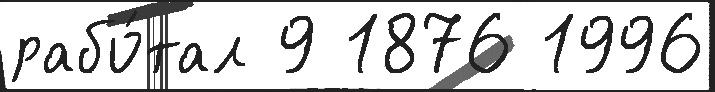
рабо́тал 9 1876 1996